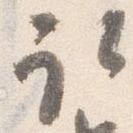
取